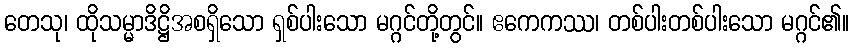
တေသု၊ ထိုသမ္မာဒိဋ္ဌိအစရှိသော ရှစ်ပါးသော မဂ္ဂင်တို့တွင်။ ဧကေကဿ၊ တစ်ပါးတစ်ပါးသော မဂ္ဂင်၏။